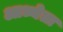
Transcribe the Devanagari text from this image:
आध्येता